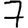
Digit: 7